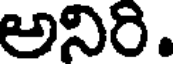
అనిరి.